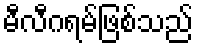
မီလီဂရမ်ဖြစ်သည်